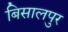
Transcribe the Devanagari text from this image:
बिसालपुर